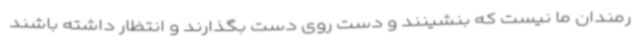
رمندان ما نیست که بنشینند و دست روی دست بگذارند و انتظار داشته باشند